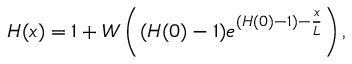
H ( x ) = 1 + W \left( ( H ( 0 ) - 1 ) e ^ { ( H ( 0 ) - 1 ) - { \frac { x } { L } } } \right) ,